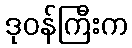
ဒုဝန်ကြီးက